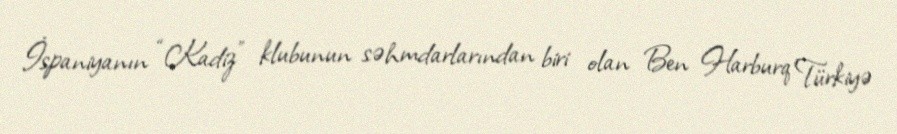
İspaniyanın “Kadiz” klubunun səhmdarlarından biri olan Ben Harburq Türkiyə